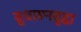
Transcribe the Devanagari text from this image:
सुधारूनसुद्धा